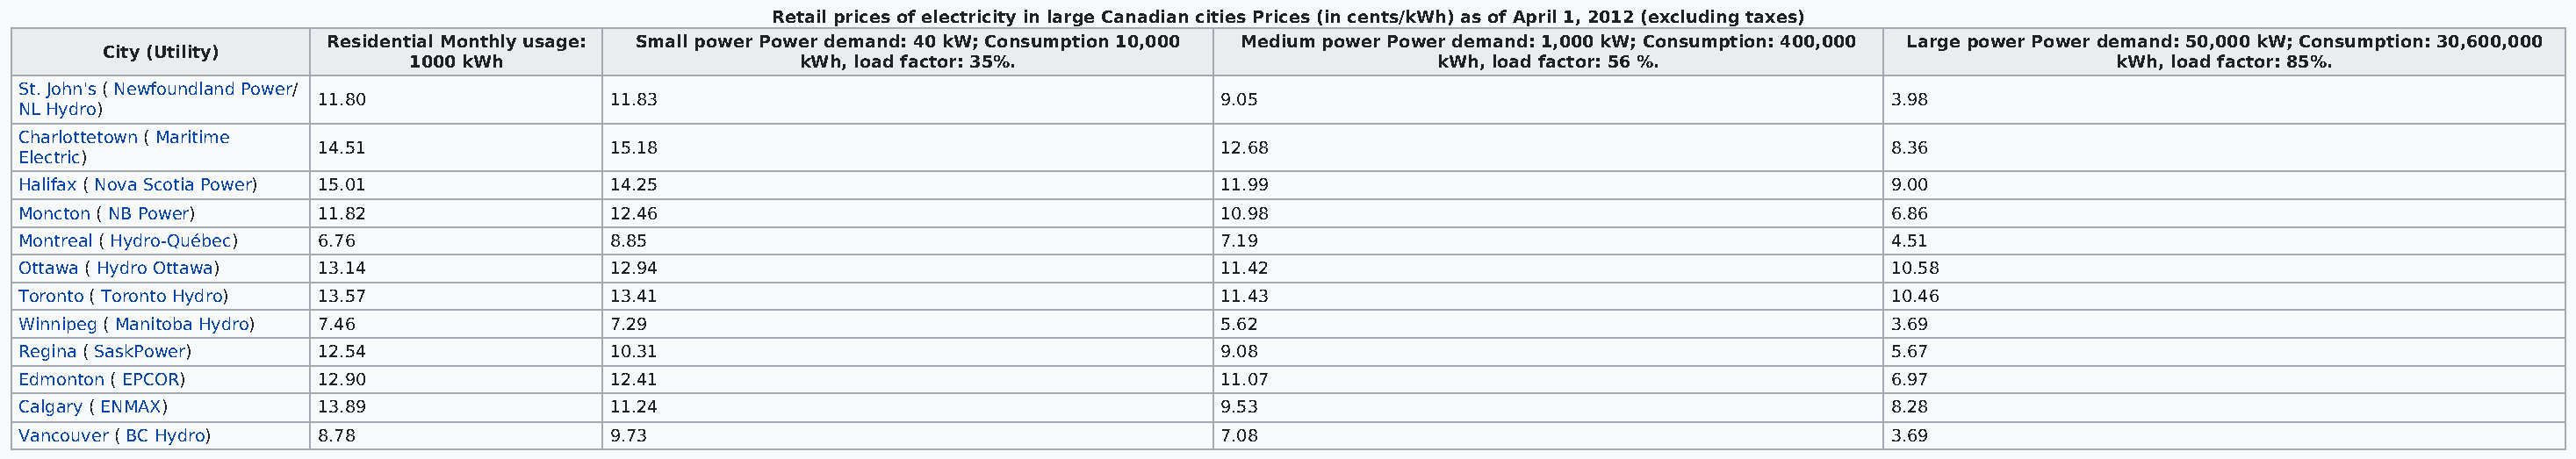
Retail prices of electricity in large Canadian cities Prices (in cents/kWh) as of April 1, 2012 (excluding taxes)
 Residential Monthly usage: Small power Power demand: 40 kW; Consumption 10,000 Medium power Power demand: 1,000 kW; Consumption: 400,000 Large power Power demand: 50,000 kW; Consumption: 30,600,000
 City (Utility)
 1000 kWh                     kWh, load factor: 35%.                          kWh, load factor: 56 %.                             kWh, load factor: 85%.
 St. John's ( Newfoundland Power/
 11.80                 11.83                                         9.05                                               3.98
 NL Hydro)
 Charlottetown ( Maritime
 14.51                 15.18                                         12.68                                              8.36
 Electric)
 Halifax ( Nova Scotia Power) 15.01           14.25                                         11.99                                              9.00
 Moncton ( NB Power)    11.82                 12.46                                         10.98                                              6.86
 Montreal ( Hydro-Québec) 6.76                8.85                                          7.19                                               4.51
 Ottawa ( Hydro Ottawa) 13.14                 12.94                                         11.42                                              10.58
 Toronto ( Toronto Hydro) 13.57               13.41                                         11.43                                              10.46
 Winnipeg ( Manitoba Hydro) 7.46              7.29                                          5.62                                               3.69
 Regina ( SaskPower)    12.54                 10.31                                         9.08                                               5.67
 Edmonton ( EPCOR)      12.90                 12.41                                         11.07                                              6.97
 Calgary ( ENMAX)       13.89                 11.24                                         9.53                                               8.28
 Vancouver ( BC Hydro)  8.78                  9.73                                          7.08                                               3.69